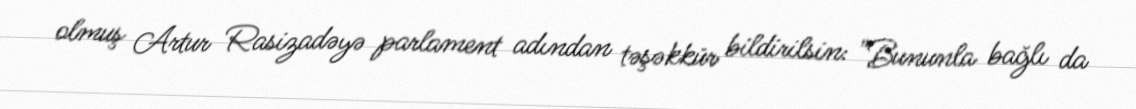
olmuş Artur Rasizadəyə parlament adından təşəkkür bildirilsin: "Bununla bağlı da